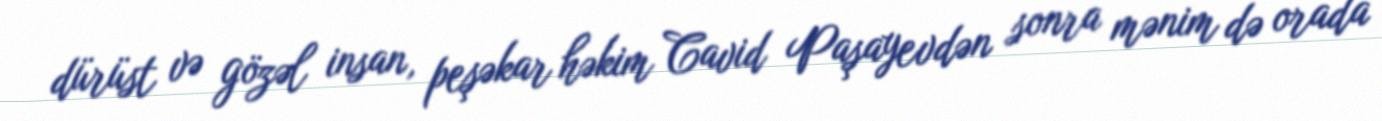
dürüst və gözəl insan, peşəkar həkim Cavid Paşayevdən sonra mənim də orada